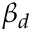
\beta _ { d }